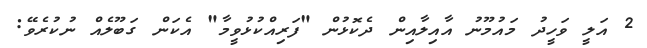
2 އަލީ ވަހީދު މައުމޫނު އާއިލާއިން ދެކޮޅުން "ފަރިއްކުޅުވީމާ" އެކަން ގަބޫލެއް ނުކުރެވޭ: